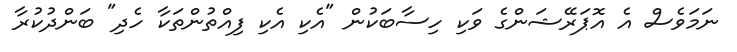
ނަމަވެސް އެ އޮޕަރޭޝަންގެ ވަކި ހިސާބަކުން "އެކި އެކި ފިއްތުންތަކާ ހެދި" ބަންދުކުރާ